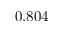
0 . 8 0 4